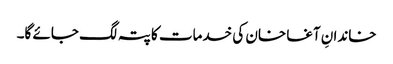
خاندانِ آغا خان کی خدمات کا پتہ لگ جائے گا۔